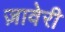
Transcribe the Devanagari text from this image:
ज़ावेरी